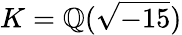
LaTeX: K=\mathbb{Q}({\sqrt{-15}})